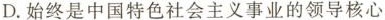
D.始终是中国特色社会主义事业的领导核心